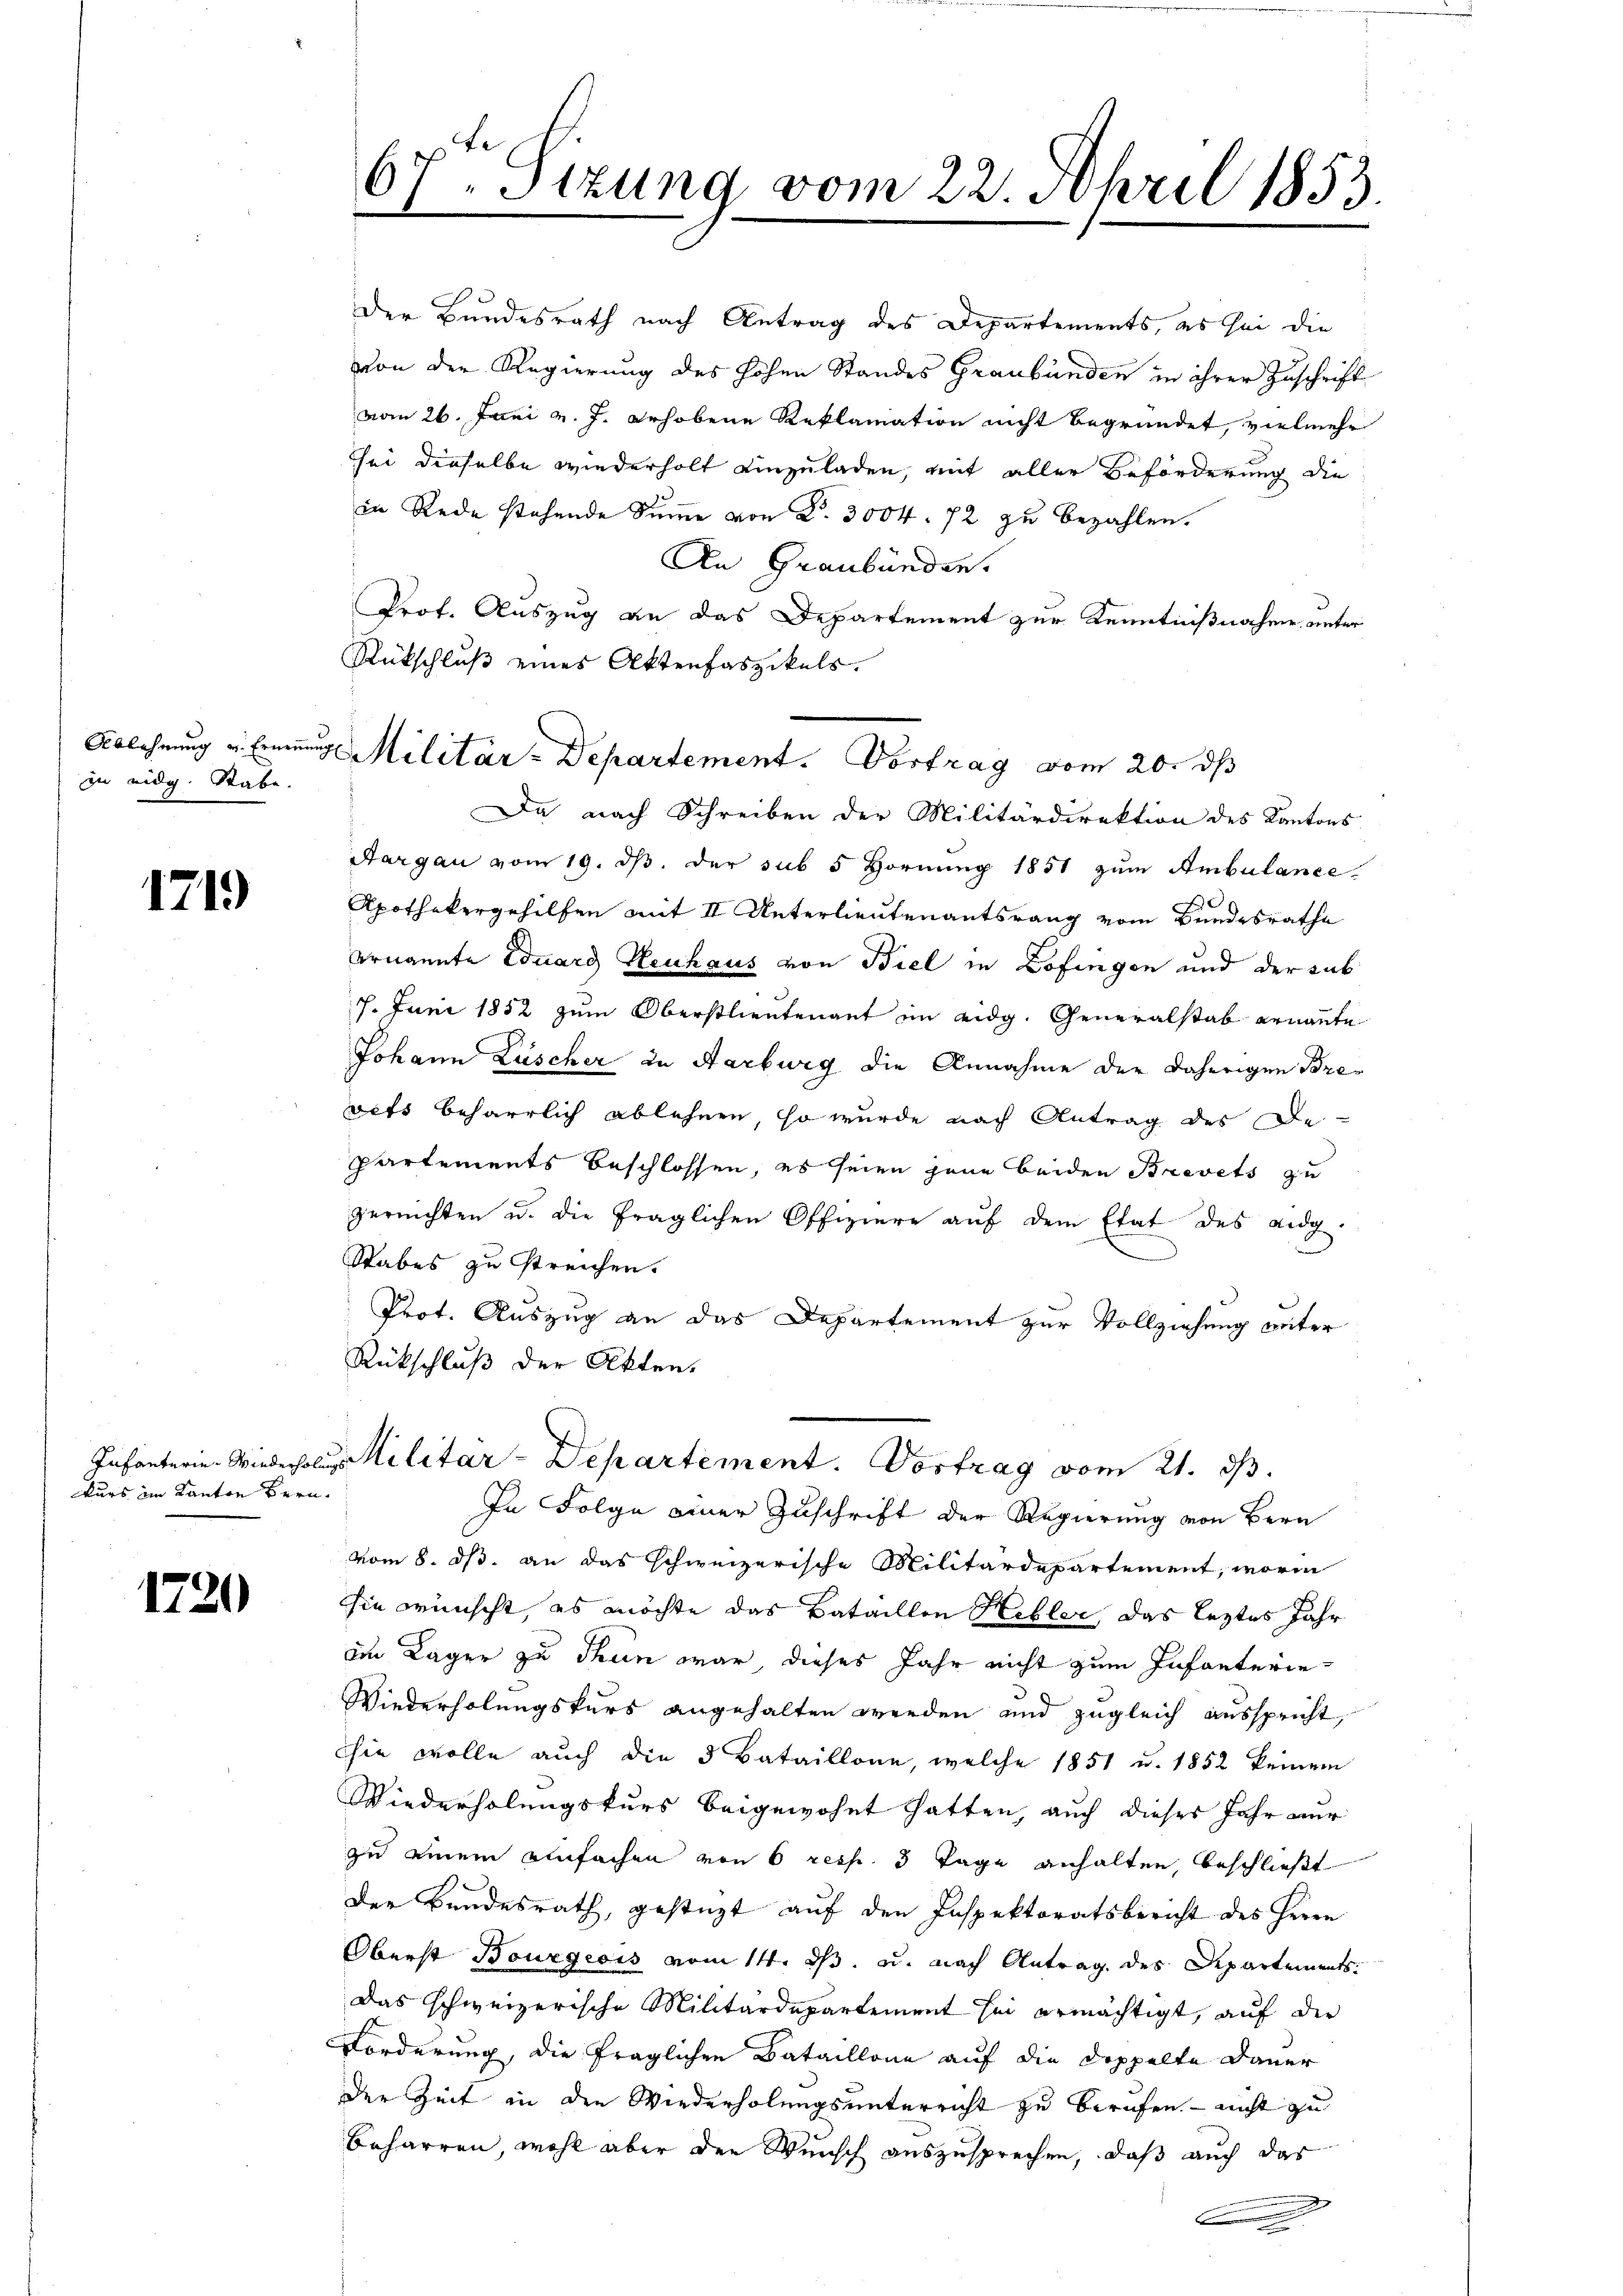
in eidg. Stabe.

1719

kurs im Kanton Bern.

1720

67. Sitzung vom 22. April 1853.

Der Bundesrath nach Antrag des Departements, es sei die
von der Regierung des hohen Standes Graubünden in ihrer Zuschrift
vom 26. Juni v. J. erhobene Reklamation nicht begründet, vielmehr
sei dieselbe wiederholt einzuladen, mit aller Beförderung die
in Rede stehende Summe von Nr. 3004. 72 zu bezahlen.
An Graubünden.
Prof. Auszug an das Departement zur Kenntnißnahme unter
Rückschluß eines Aktenfaszikels.
Da nach Schreiben der Militärdirektion des Kantons
Aargau vom 19. ds. der sub 5 Hornung 1851 zum Ambulance
A
Apothekergehilfen mit II Unterlieutenantsrang vom Bundesrathe
Arnannte Eduard Heuhaus von Biel in Zofingen und der sub
7. Juni 1852 zum Oberstlieutenant im eidg. Generalstab ernannte
Johann Lüscher in Aarburg die Annahme der daherigen Brevets beharrlich ablehnen, so wurde nach Antrag des De
Partements beschlossen, es seien jene beiden Brevets zu
gereichten u. die fraglichen Offiziere auf dem Etat des Eidg
Stabes zu streichen.
Prot. Auszug an das Departement zur Vollziehung unter
Rückschluß der Akten.
Infanterie. Wiederholus Militar-Departement. Vortrag vom 21. ds.
In Folge einer Zuschrift der Regierung von Bern
vom 8. ds. an das schweizerische Militärdepartement, worin
Sie wünscht, es möchte das Bataillen Hebler, das leztes Jahr
im Lager zu Thun war dieses Jahr nicht zum Infanterie-
Wiederholungskurs angehalten werden und zugleich ausspricht,
hie wolle auch die 5 Bataillone, welche 1851 u. 1852 keinem
Wiederholungskurs beigewohnt hatten, auch dieses Jahr nur
zu einem einfachen von 6 resp. 3 Tage anhalten, beschließt
Der Bundesrath, gestüzt auf den Inspektoratsbericht des Herrn
Oberst Bourgeois vom 14. ds. u. nach Antrag des Departements
Das schweizerische Militärdepartement sei ermächtigt, auf die
Forderung, die fraglichen Bataillone auf die Doppelte Dauer
der Zeit in den Wiederholungsunterricht zu berufen – nicht zu
Beharren, wohl aber den Wunsch auszusprechen, daß auch das
c

Ablehnung u. Einung Militär-Departement. Vortrag vom 20. ds